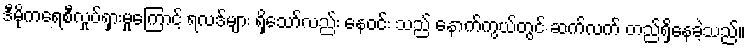
ဒီမိုကရေစီလှုပ်ရှားမှုကြောင့် ရလဒ်များ ရှိသော်လည်း နေဝင်း သည် နောက်ကွယ်တွင် ဆက်လက် တည်ရှိနေခဲ့သည်။